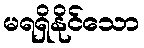
မရရှိနိုင်သော